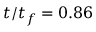
t / t _ { f } = 0 . 8 6